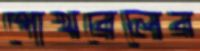
পোখরেলের